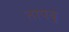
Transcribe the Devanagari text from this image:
तापवू